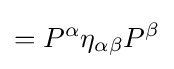
=P^{\alpha }\eta _{\alpha \beta }P^{\beta }